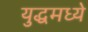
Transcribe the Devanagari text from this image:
युद्धमध्ये